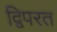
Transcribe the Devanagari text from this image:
द्विपरत